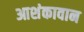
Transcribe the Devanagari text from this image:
आशंकावान